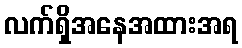
လက်ရှိအနေအထားအရ